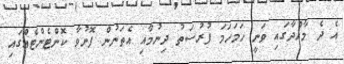
އެ ދެ މާއްދާގައި ވަނީ ހަމަހަމަ ފުރުސަތު ދިނުމާއި އެތަނުން ފޮނުވާ ކޮންޓެންޓެއްގައި